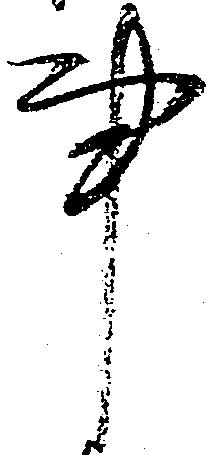
事